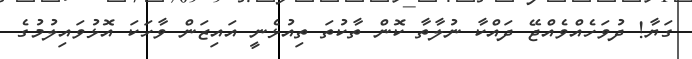
ގަޔާ! ދުވަހެއްވެއްޖޭ ދައްކާ ނުލާތާ ކޮން ތާކުތަ ތިއުޅެނީ އައިޒަން ވާހަކަ އޮޅުވައިލުުމުގެ